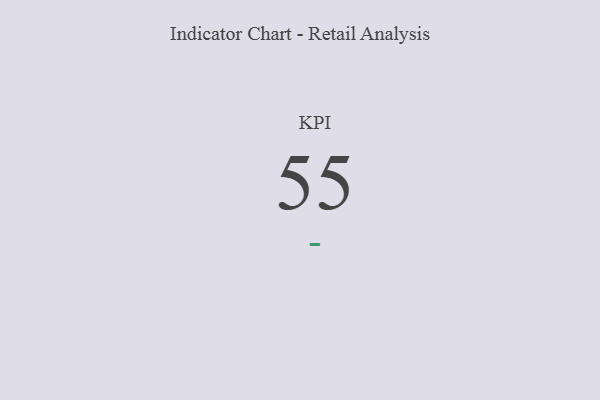
{"axis": {"x": "KPI", "y": "Value"}, "legend": [""], "data": [{"x": "KPI", "y": 55, "type": ""}]}